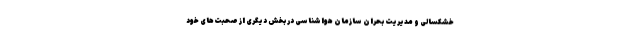
خشکسالی و مدیریت بحران سازمان هواشناسی در بخش دیگری از صحبت‌های خود